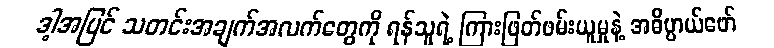
ဒါ့အပြင် သတင်းအချက်အလက်တွေကို ရန်သူရဲ့ ကြားဖြတ်ဖမ်းယူမှုနဲ့ အဓိပ္ပာယ်ဖော်